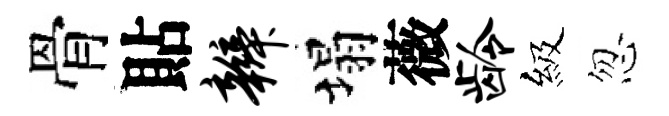
骨貼辫塌薇龄級忽